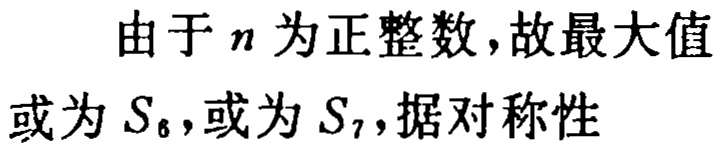
由于 \(n\) 为正整数，故最大值或为 \(S_{6}\)，或为 \(S_{7}\)，据对称性